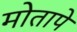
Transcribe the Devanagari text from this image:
मोतापे